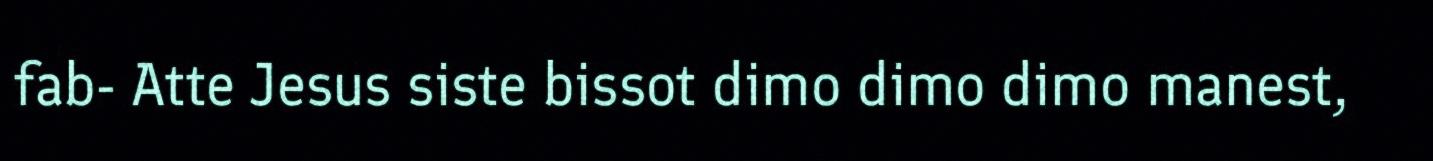
fab- Atte Jesus siste bissot dimo dimo dimo manest,